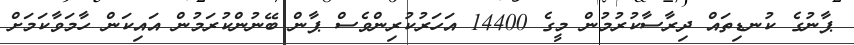
ޕާނުގެ ކުނޑިތައް ދިރާސާކުރުމުން މީގެ 14400 އަހަރުކުރިންވެސް ޕާން ބޭނުންކުރަމުން އައިކަން ހާމަވާކަމަށް